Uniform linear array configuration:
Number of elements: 48
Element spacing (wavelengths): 1
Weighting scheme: cosine
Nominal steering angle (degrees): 45
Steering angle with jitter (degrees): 46.567
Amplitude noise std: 0.05
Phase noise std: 0.05

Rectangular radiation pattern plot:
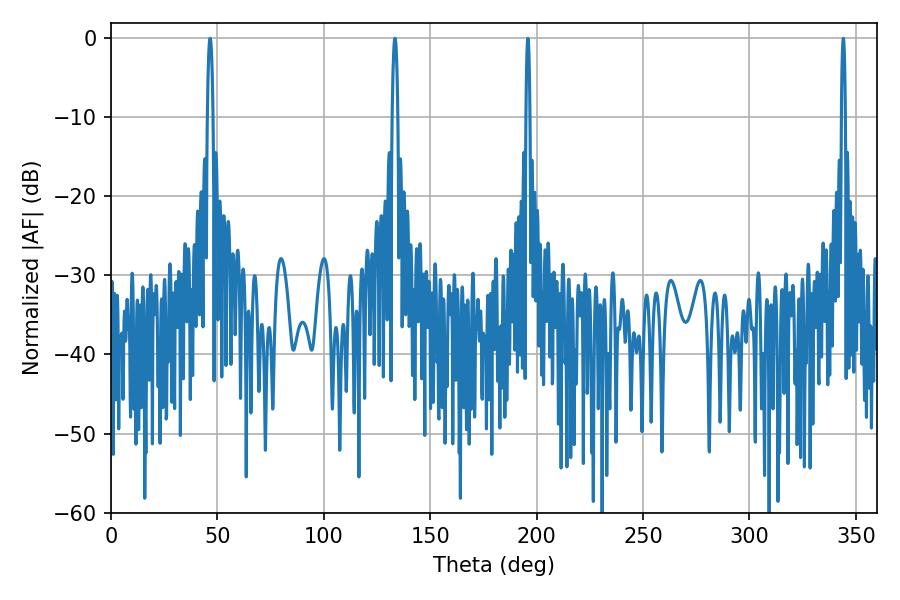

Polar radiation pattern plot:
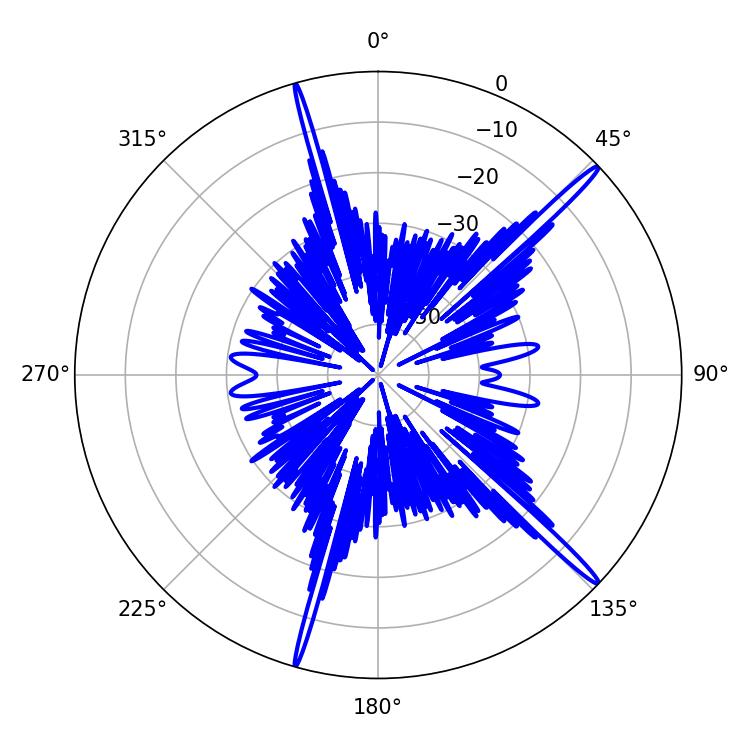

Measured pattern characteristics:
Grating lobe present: TRUE
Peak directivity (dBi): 17.916
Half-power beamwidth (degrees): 1.44
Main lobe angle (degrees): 46.62